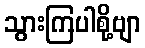
သွားကြပါစို့ဗျာ